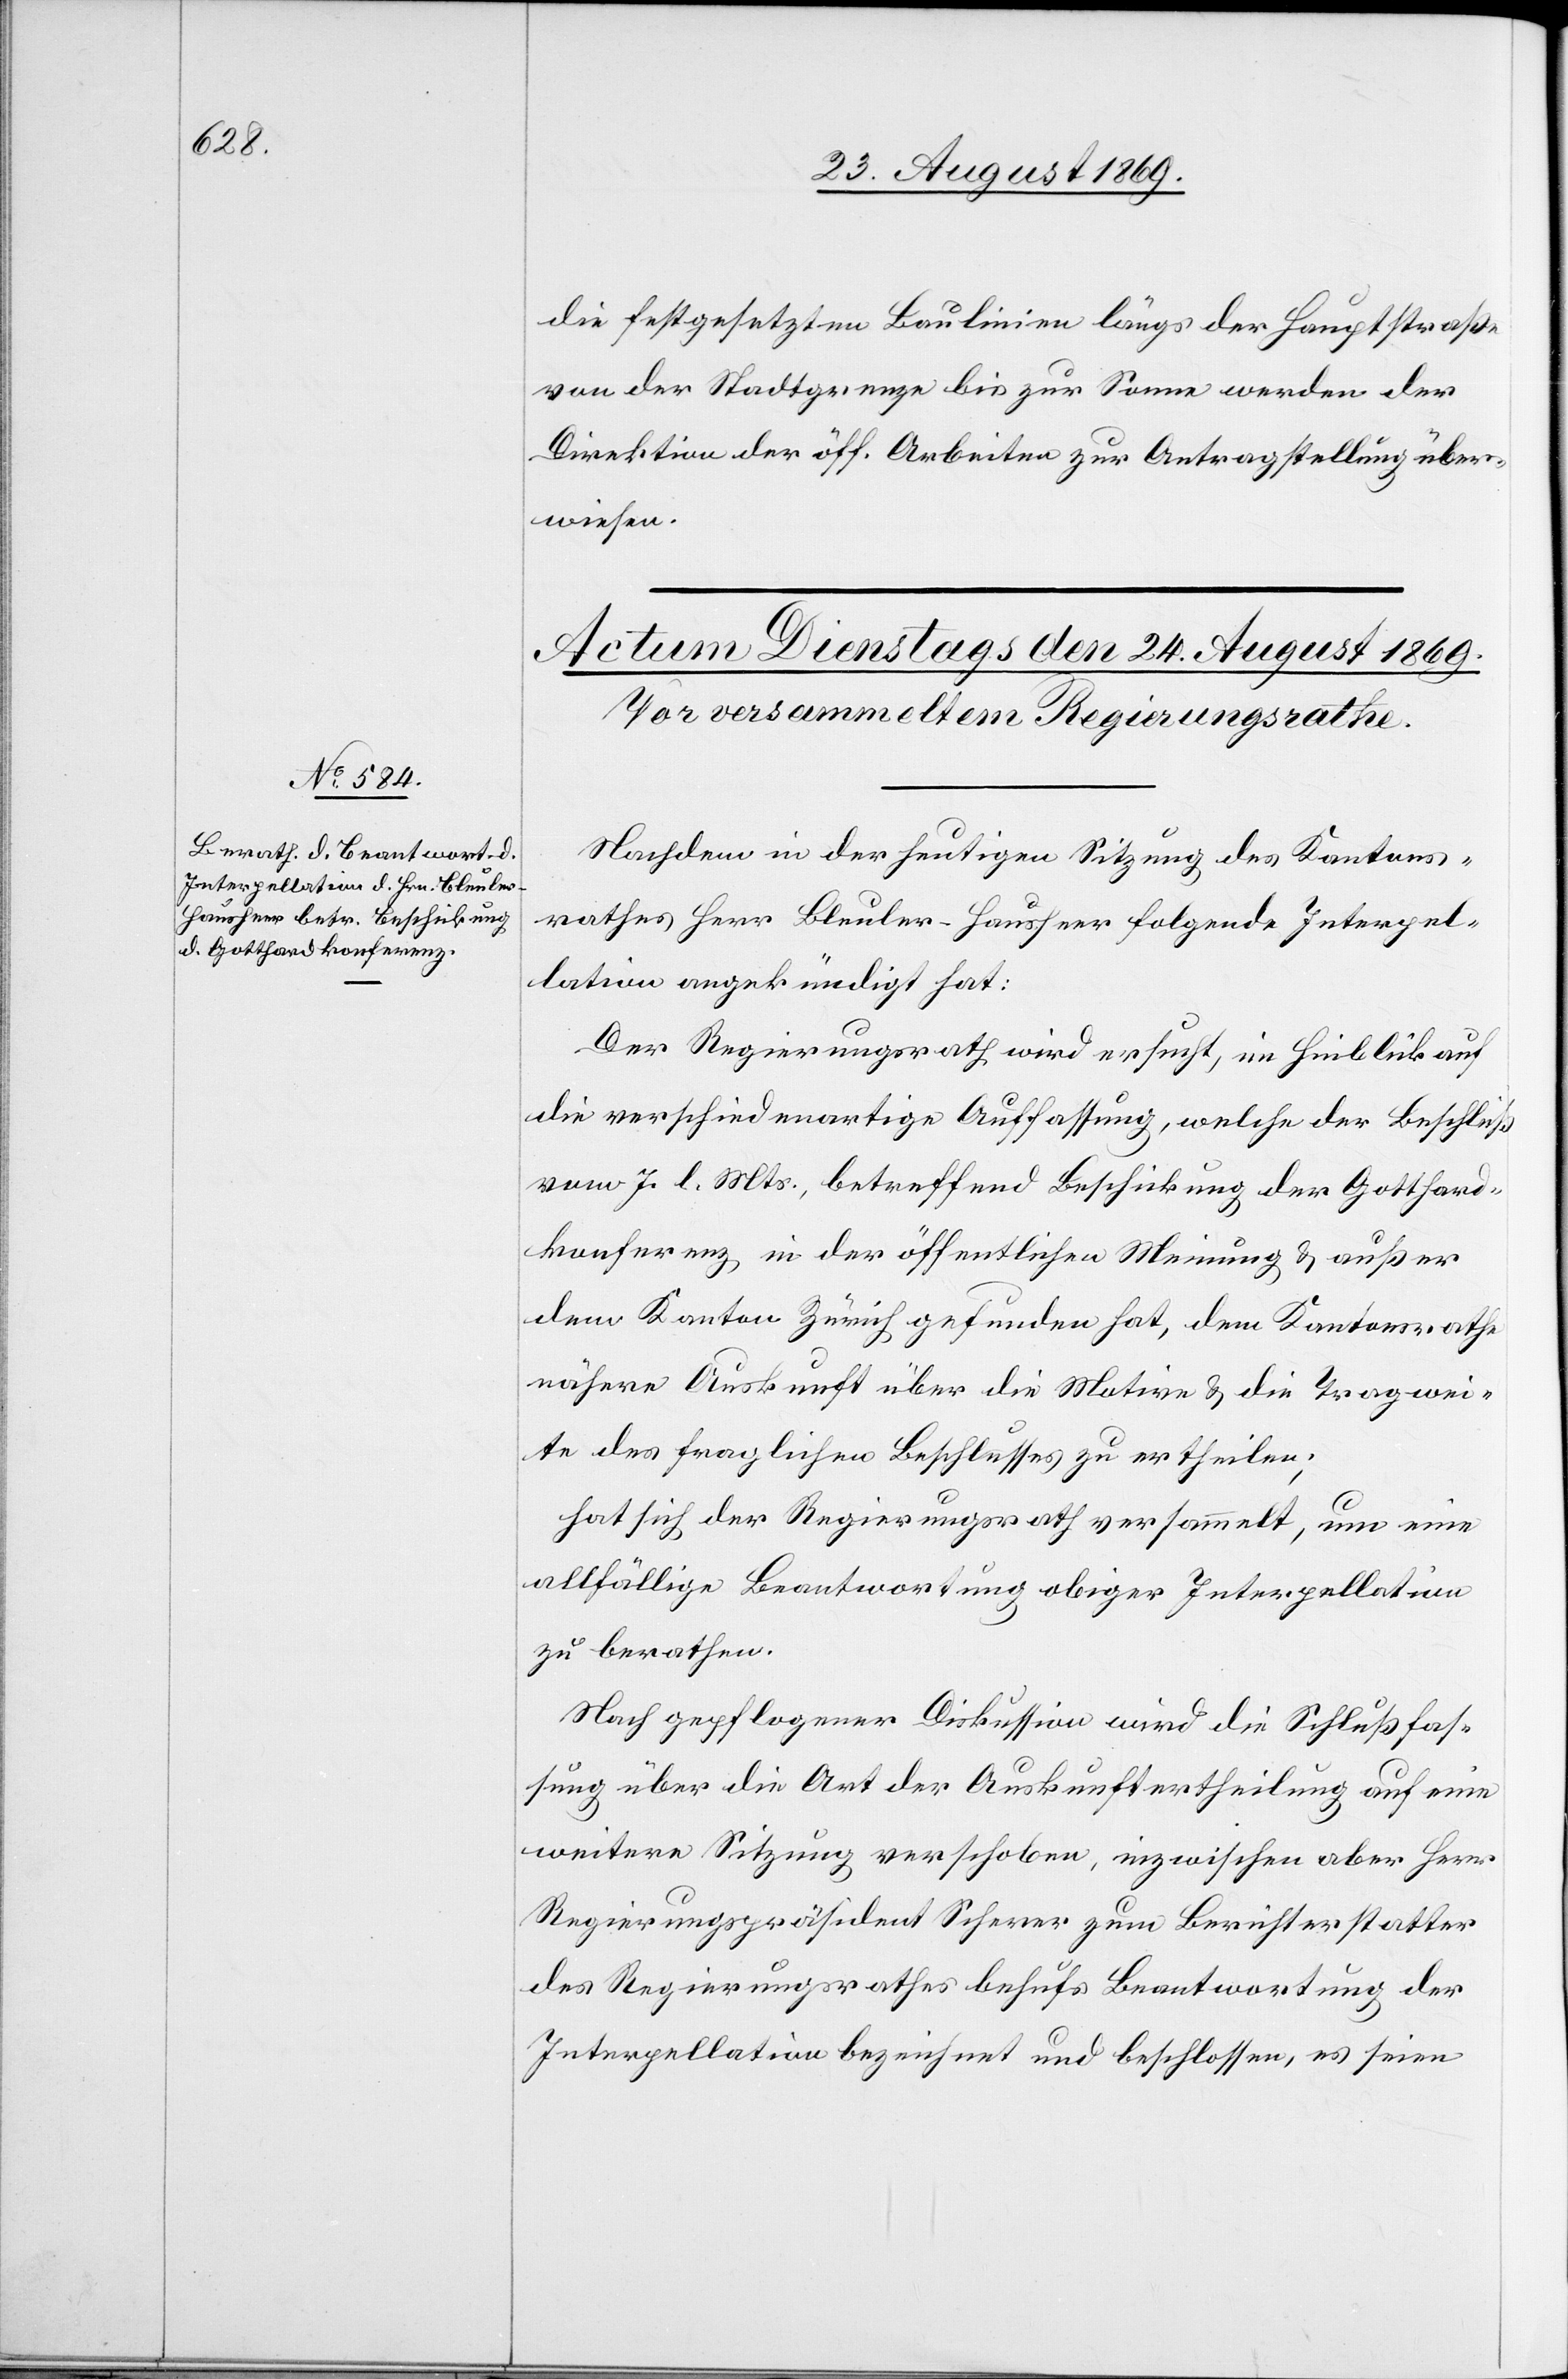
die festgesetzten Baulinien längs der Hauptstraße
von der Stadtgrenze bis zur Sonne werden der
Direktion der öff. Arbeiten zur Antragstellung über¬
wiesen.
Nachdem in der heutigen Sitzung des Kantons¬
rathes Herr Bleuler-Hausheer folgende Interpel¬
lation angekündigt hat:
Der Regierungsrath wird ersucht, im Hinblick auf
die verschiedenartige Auffassung, welche der Beschluß
vom 7. l. Mts., betreffend Beschickung der Gotthard¬
konferenz in der öffentlichen Meinung & außer
dem Kanton Zürich gefunden hat, dem Kantonsrathe
nähere Auskunft über die Motive & die Tragwei¬
te des fraglichen Beschlusses zu ertheilen;
hat sich der Regierungsrath versammelt, um eine
allfällige Beantwortung obiger Interpellation
zu berathen.
Nach gepflogener Diskussion wird die Schlußfas¬
sung über die Art der Auskunftertheilung auf eine
weitere Sitzung verschoben, inzwischen aber Herr
Regierungspräsident Scherer zum Berichterstatter
des Regierungsrathes behufs Beantwortung der
Interpellation bezeichnet und beschlossen, es seien